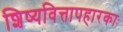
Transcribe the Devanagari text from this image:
शिष्यवित्तापहारकाः